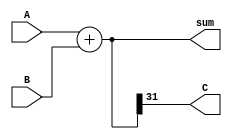
`timescale 1ns / 1ps
module RCA(input [31:0]A,input  [31:0]B, output [31:0] sum,output C);
wire  [31:0]w;
assign w = A  +  B;
assign sum = w;
assign C = w[31];

endmodule